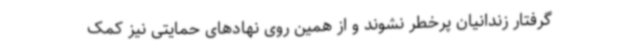
گرفتار زندانیان پرخطر نشوند و از همین روی نهادهای حمایتی نیز کمک